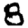
Digit: 8